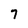
Character: 7